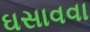
ઘસાવવા